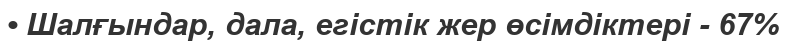
• Шалғындар, дала, егістік жер өсімдіктері - 67%